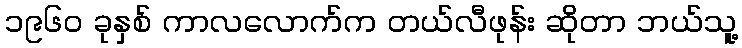
၁၉၆၀ ခုနှစ် ကာလလောက်က တယ်လီဖုန်း ဆိုတာ ဘယ်သူ့